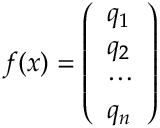
\begin{array} { r } { f ( x ) = \left( \begin{array} { l } { q _ { 1 } } \\ { q _ { 2 } } \\ { \cdots } \\ { q _ { n } } \end{array} \right) } \end{array}